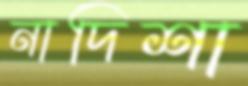
নাদিশা